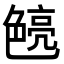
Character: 𮎝